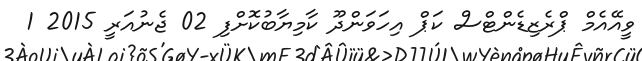
ވީއޭއެމް ޕްރެޒިޑެންޓްސް ކަޕް އިހަވަންދޫ ކާމިޔާބުކޮށްފި 02 ޖެނުއަރީ 2015 1